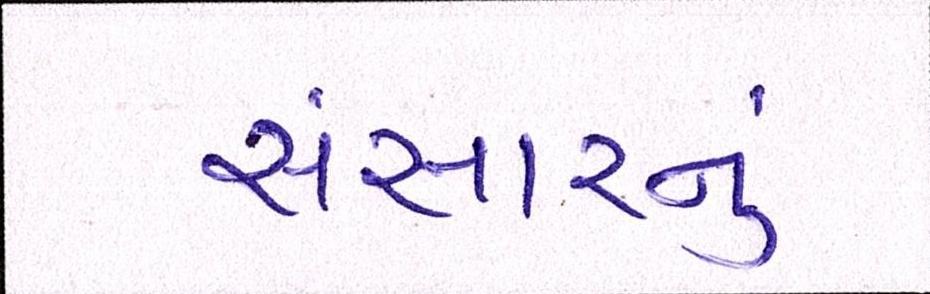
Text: સંસારનું